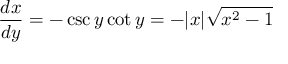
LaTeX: { \frac { d x } { d y } } = - \csc y \cot y = - | x | { \sqrt { x ^ { 2 } - 1 } }